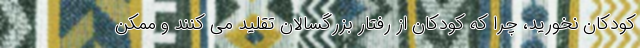
کودکان نخورید، چرا که کودکان از رفتار بزرگسالان تقلید می کنند و ممکن